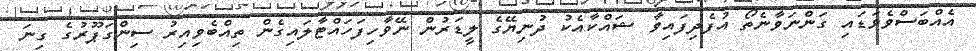
އެއްބަސްވެވަޑައި ގަންނަވާނެތޯ އުފެދިފައިވާ ޝައްކާއެކު ދުނިޔޭގެ ލީޑަރުން ނޭވާހިފަހައްޓާލައިގެން ތިއްބެވިއިރު ސިންގަޕޫރުގެ ގިނަ